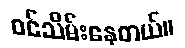
ဝင်သိမ်းနေတယ်။